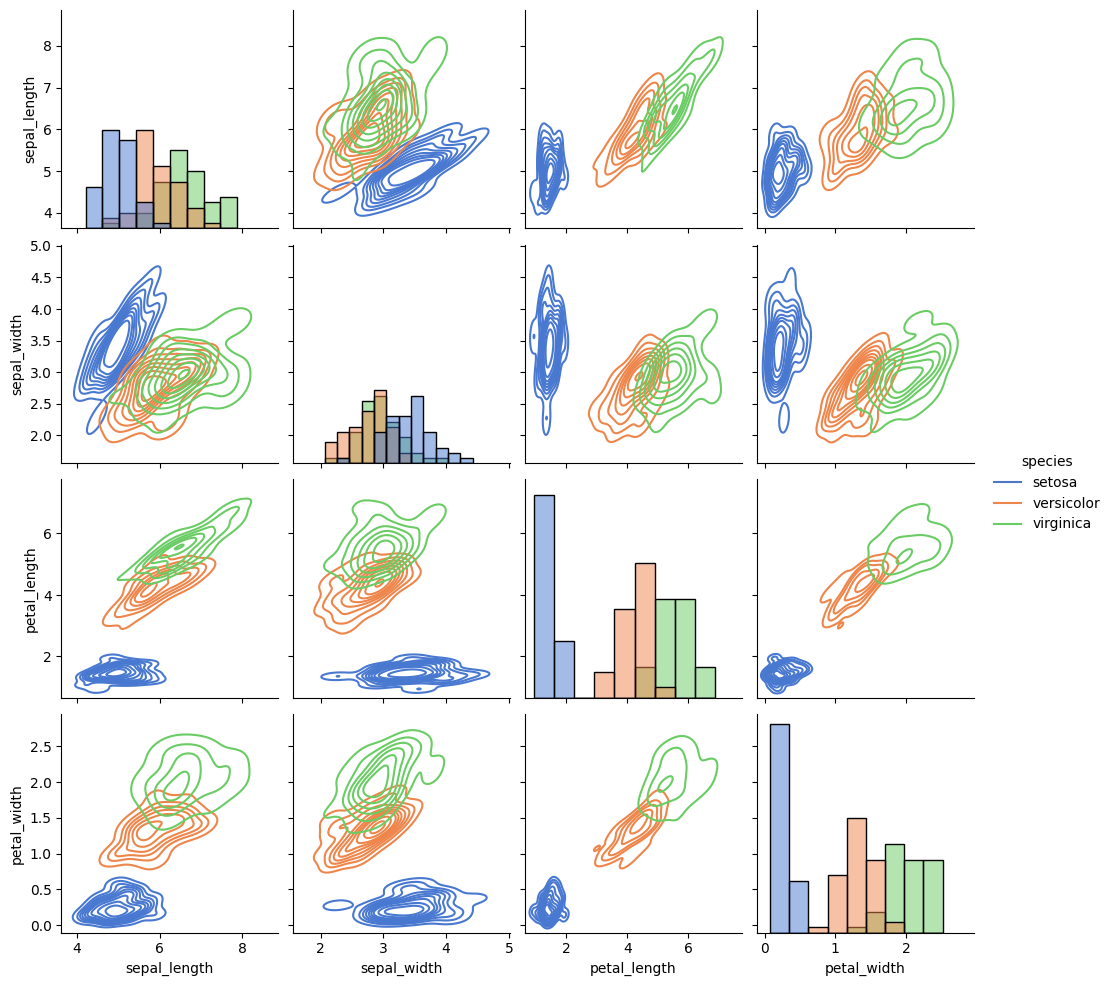
python, seaborn, pairplot, palette='muted', markers=['o', 's', 'D'], kind='kde', diag_kind='hist'